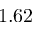
1 . 6 2